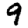
Digit: 9